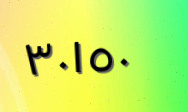
٣٠١٥٠